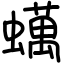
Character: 蠇